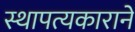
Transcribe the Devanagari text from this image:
स्थापत्यकाराने